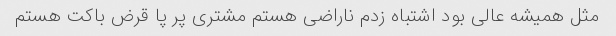
مثل همیشه عالی بود اشتباه زدم ناراضی هستم مشتری پر پا قرض باکت هستم